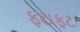
ફટાફટ